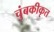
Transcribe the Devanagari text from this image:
चुंबकीकृत